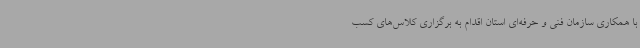
با همکاری سازمان فنی و حرفه‌ای استان اقدام به برگزاری کلاس‌های کسب